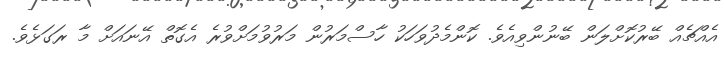
އެއްޗެއް ބޭރުކޮށްލަން ބޭނުންވިއެވެ. ކޮންމެދުވަހަކު ހާސްމަރުން މަރުވުމަށްވުރެ އެގޮތް އޭނައަށް މާ ރަގަޅެވެ.